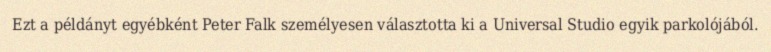
Ezt a példányt egyébként Peter Falk személyesen választotta ki a Universal Studio egyik parkolójából.